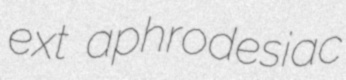
ext aphrodesiac